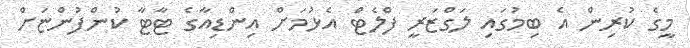
މީގެ ކުރިން އެ ބިމުގައި ލަގްޒަރީ ފްލެޓް އެޅުމަށް އިންޑިއާގެ ޓާޓާ ކުންފުންޏަށް